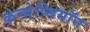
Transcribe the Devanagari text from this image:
कन्सेप्सियॉन